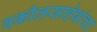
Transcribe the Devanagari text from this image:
वकीलसाहेबांचा